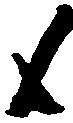
候